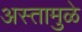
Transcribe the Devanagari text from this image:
अस्तामुळे